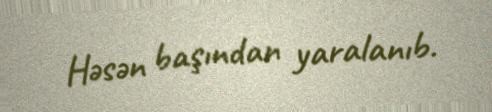
Həsən başından yaralanıb.